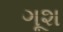
ગૂશ